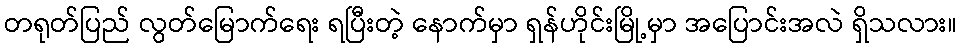
တရုတ်ပြည် လွတ်မြောက်ရေး ရပြီးတဲ့ နောက်မှာ ရှန်ဟိုင်းမြို့မှာ အပြောင်းအလဲ ရှိသလား။